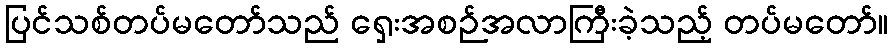
ပြင်သစ်တပ်မတော်သည် ရှေးအစဉ်အလာကြီးခဲ့သည့် တပ်မတော်။